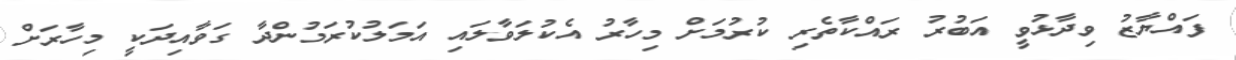
ފައްޔާޒު ވިދާޅުވީ އަބުރު ރައްކާތެރި ކުރުމަށް މިހާރު އެކުލަވާލައި އަމަލުކުރަމުންދާ ގަވާއިދަކީ މިހާރަށް